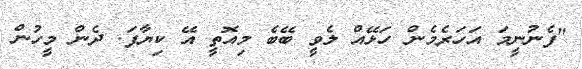
"ފެނުނީމަ އަހަރެމެން ހަޅޭއް ލެވީ ބޭބެ މިއޮތީ އޭ ކިޔާފަ. ދެން މީހުން